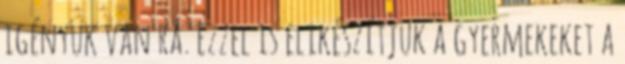
igényük van rá. Ezzel is elıkészítjük a gyermekeket a